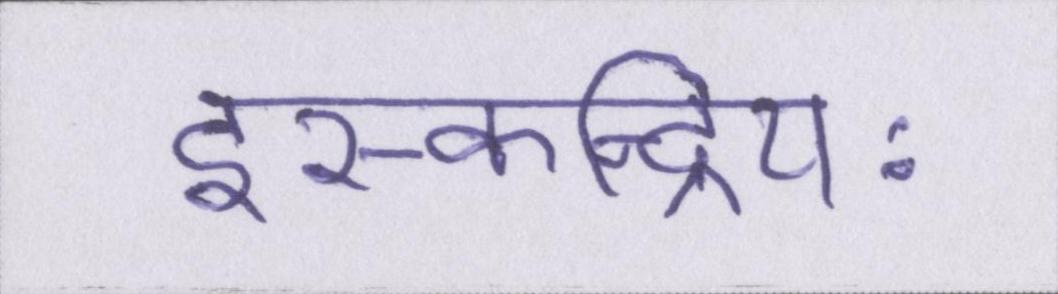
इस्कन्द्रियः